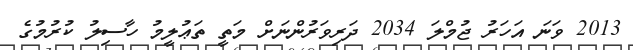
2013 ވަނަ އަހަރު ޖުމްލަ 2034 ދަރިވަރުންނަށް މަތީ ތަޢުލީމު ހާސިލު ކުރުމުގެ